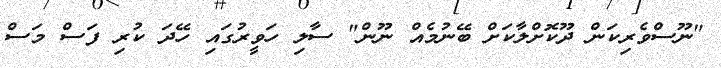
"ނޫސްވެރިކަން ދޫކޮށްލާކަށް ބޭނުމެއް ނޫން" ސާލި ހަވީރުގައި ހޭދަ ކުރި ފަސް މަސް